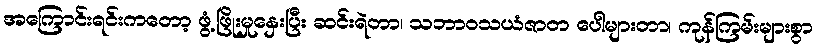
အကြောင်းရင်းကတော့ ဖွံ့ဖြိုးမှုနှေးပြီး ဆင်းရဲတာ၊ သဘာဝသယံဇာတ ပေါများတာ၊ ကုန်ကြမ်းများစွာ